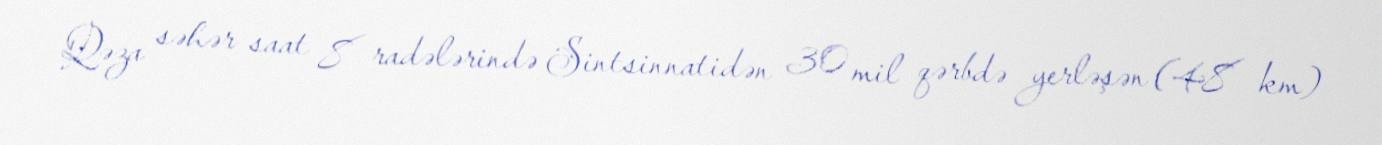
Qəza səhər saat 8 radələrində Sintsinnatidən 30 mil qərbdə yerləşən (48 km)